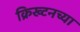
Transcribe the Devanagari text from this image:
क्रिख्टनच्या